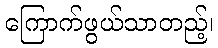
ကြောက်ဖွယ်သာတည့်၊